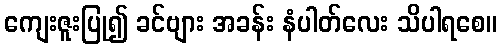
ကျေးဇူးပြု၍ ခင်ဗျား အခန်း နံပါတ်လေး သိပါရစေ။